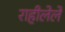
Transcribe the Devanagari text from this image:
राहीलेले